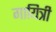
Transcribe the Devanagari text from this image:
गायित्री